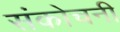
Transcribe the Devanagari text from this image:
संकोचनी